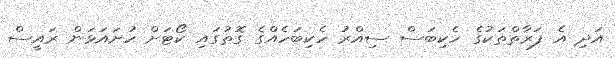
އަދި އެ ފަރާތްތަކުގެ ހެކިބަސް ސިއްރު ހެކިބަހެއްގެ ގޮތުގައި ކޯޓަށް ހުށައަޅަން ރައީސް